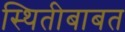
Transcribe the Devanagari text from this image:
स्थितीबाबत